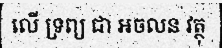
លើ ទ្រព្យ ជា អចលន វត្ថុ